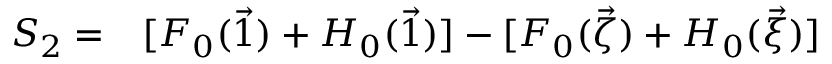
\begin{array} { r l } { S _ { 2 } = } & { { } [ F _ { 0 } ( \vec { 1 } ) + H _ { 0 } ( \vec { 1 } ) ] - [ F _ { 0 } ( \vec { \zeta } ) + H _ { 0 } ( \vec { \xi } ) ] } \end{array}